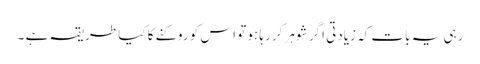
رہی یہ بات کہ زیادتی اگر شوہر کر رہا ہو تو اس کو روکنے کا کیا طریقہ ہے ۔